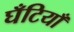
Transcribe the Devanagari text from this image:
घँटियाँ